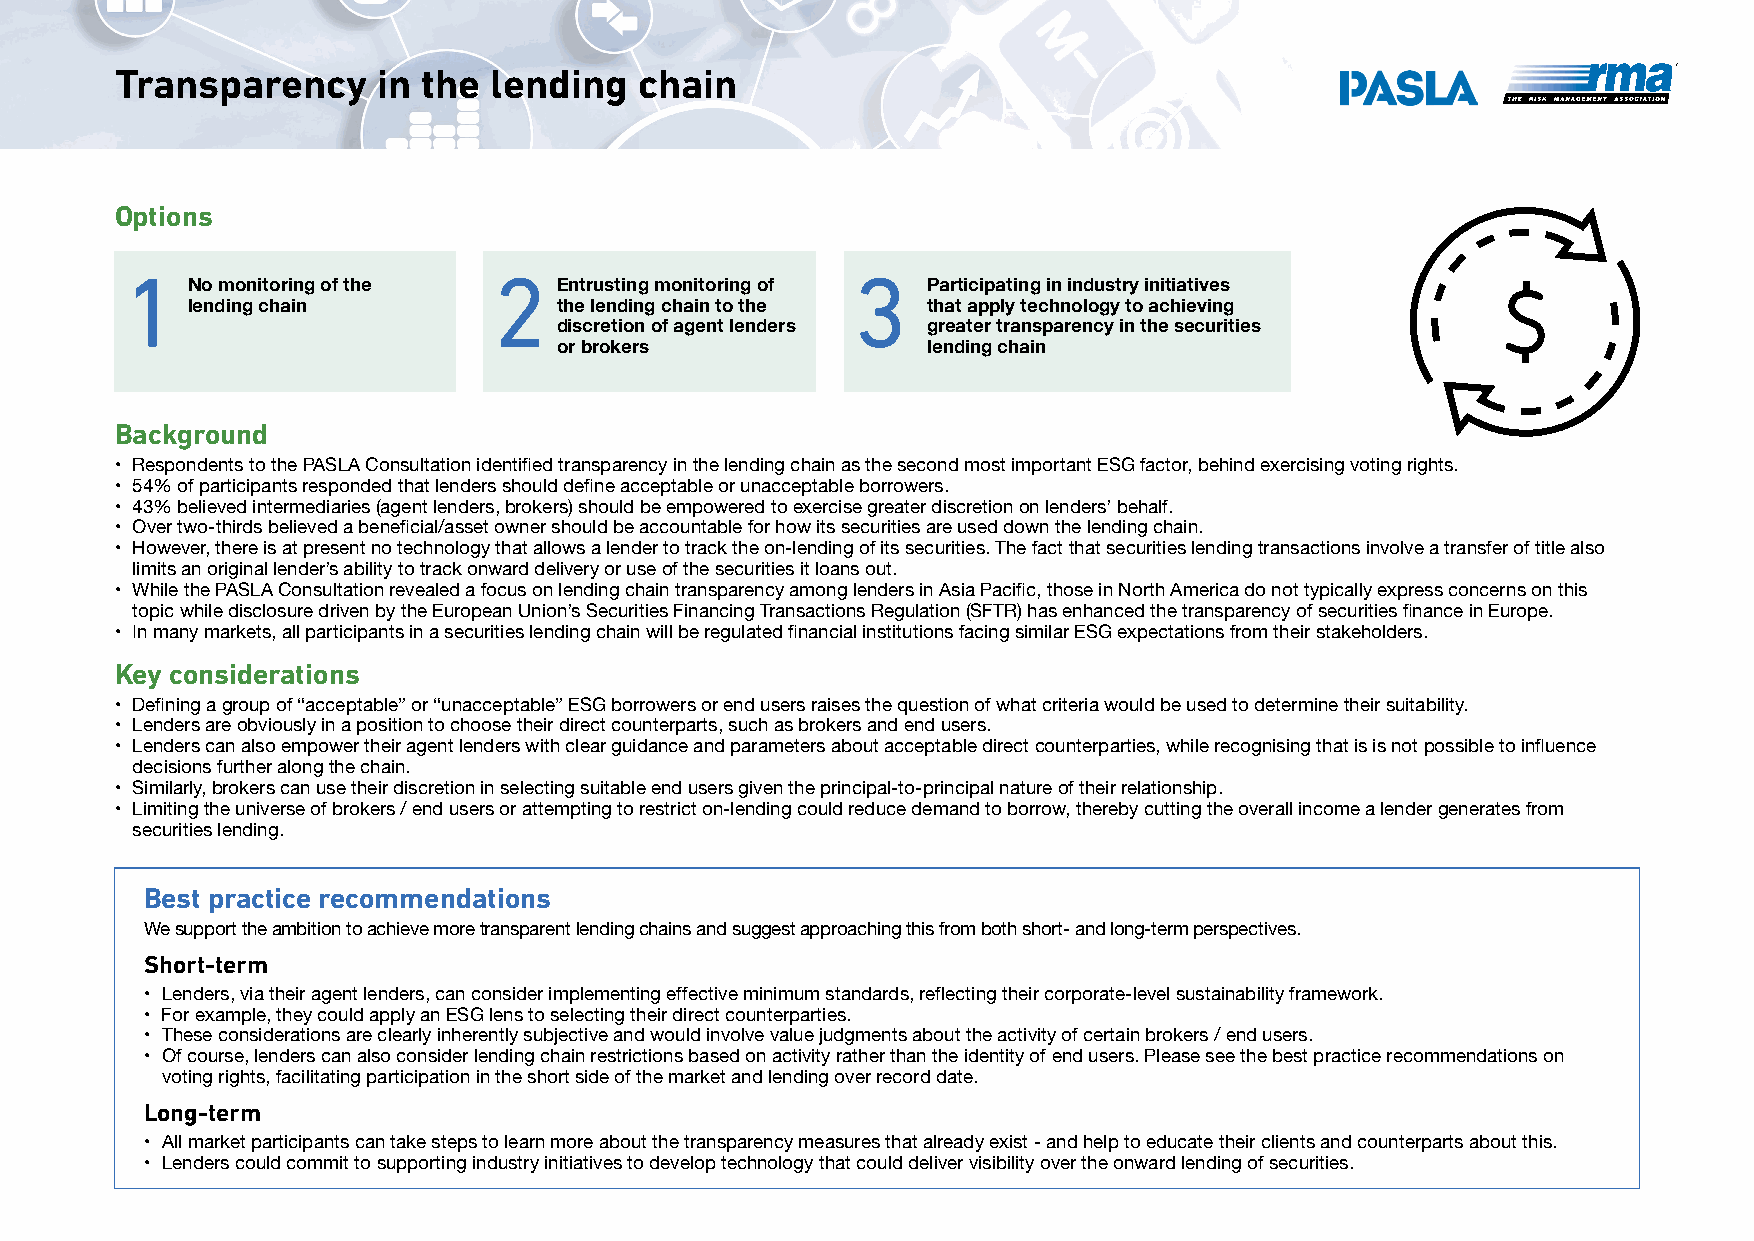
Transparency     in the lending   chain
 Options
 1                        2                      3
 No monitoring of the     Entrusting monitoring of Participating in industry initiatives
 lending chain            the lending chain to the that apply technology to achieving
 discretion of agent lenders greater transparency in the securities
 or brokers              lending chain
 Background
 • Respondents to the PASLA Consultation identified transparency in the lending chain as the second most important ESG factor, behind exercising voting rights.
 • 54% of participants responded that lenders should define acceptable or unacceptable borrowers.
 • 43% believed intermediaries (agent lenders, brokers) should be empowered to exercise greater discretion on lenders’ behalf.
 • Over two-thirds believed a beneficial/asset owner should be accountable for how its securities are used down the lending chain.
 • However, there is at present no technology that allows a lender to track the on-lending of its securities. The fact that securities lending transactions involve a transfer of title also
 limits an original lender’s ability to track onward delivery or use of the securities it loans out.
 • While the PASLA Consultation revealed a focus on lending chain transparency among lenders in Asia Pacific, those in North America do not typically express concerns on this
 topic while disclosure driven by the European Union’s Securities Financing Transactions Regulation (SFTR) has enhanced the transparency of securities finance in Europe.
 • In many markets, all participants in a securities lending chain will be regulated financial institutions facing similar ESG expectations from their stakeholders.
 Key considerations
 • Defining a group of “acceptable” or “unacceptable” ESG borrowers or end users raises the question of what criteria would be used to determine their suitability.
 • Lenders are obviously in a position to choose their direct counterparts, such as brokers and end users.
 • Lenders can also empower their agent lenders with clear guidance and parameters about acceptable direct counterparties, while recognising that is is not possible to influence
 decisions further along the chain.
 • Similarly, brokers can use their discretion in selecting suitable end users given the principal-to-principal nature of their relationship.
 • Limiting the universe of brokers / end users or attempting to restrict on-lending could reduce demand to borrow, thereby cutting the overall income a lender generates from
 securities lending.
 Best practice recommendations
 We support the ambition to achieve more transparent lending chains and suggest approaching this from both short- and long-term perspectives.
 Short-term
 • Lenders, via their agent lenders, can consider implementing effective minimum standards, reflecting their corporate-level sustainability framework.
 • For example, they could apply an ESG lens to selecting their direct counterparties.
 • These considerations are clearly inherently subjective and would involve value judgments about the activity of certain brokers / end users.
 • Of course, lenders can also consider lending chain restrictions based on activity rather than the identity of end users. Please see the best practice recommendations on
 voting rights, facilitating participation in the short side of the market and lending over record date.
 Long-term
 • All market participants can take steps to learn more about the transparency measures that already exist - and help to educate their clients and counterparts about this.
 • Lenders could commit to supporting industry initiatives to develop technology that could deliver visibility over the onward lending of securities.